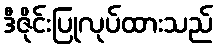
ဒီဇိုင်းပြုလုပ်ထားသည်